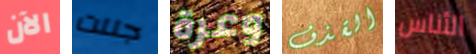
الآن جننت وعرة القذف الأناس